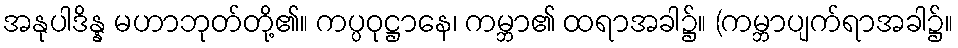
အနုပါဒိန္န မဟာဘုတ်တို့၏။ ကပ္ပဝုဋ္ဌာနေ၊ ကမ္ဘာ၏ ထရာအခါ၌။ (ကမ္ဘာပျက်ရာအခါ၌။